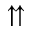
\upuparrows